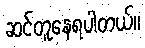
ဆင်တူနေရပါတယ်။